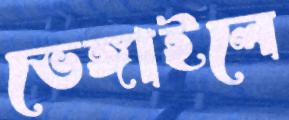
ভেঙ্গাইলে